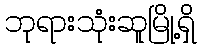
ဘုရားသုံးဆူမြို့ရှိ